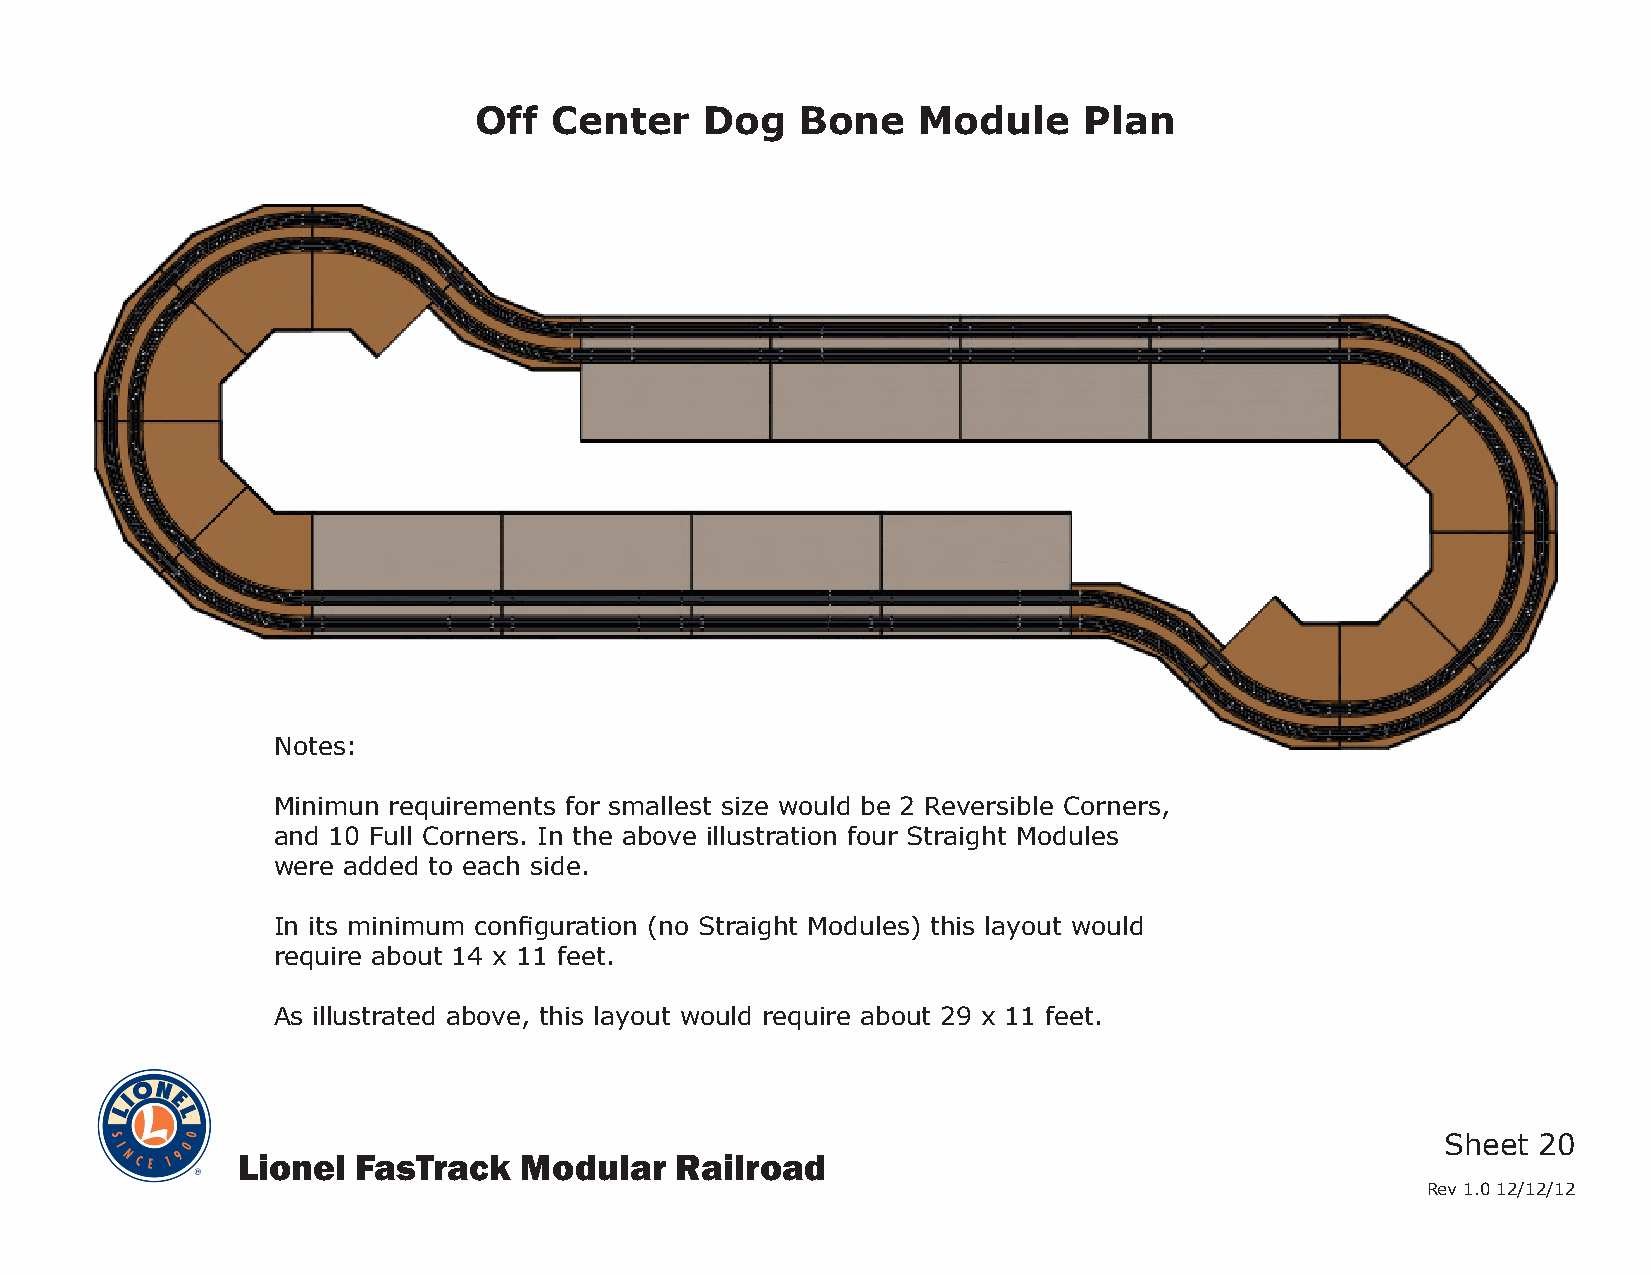
Off   Center    Dog   Bone    Module     Plan
 Notes:
 Minimun requirements for smallest size would be 2 Reversible Corners,
 and 10 Full Corners. In the above illustration four Straight Modules
 were added to each side.
 In its minimum configuration (no Straight Modules) this layout would
 require about 14 x 11 feet.
 As illustrated above, this layout would require about 29 x 11 feet.
 Sheet 20
 Lionel  FasTrack  Modular    Railroad
 Rev 1.0 12/12/12